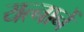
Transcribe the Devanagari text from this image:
यत्नानें